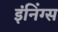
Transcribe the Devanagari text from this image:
इंनिंग्स